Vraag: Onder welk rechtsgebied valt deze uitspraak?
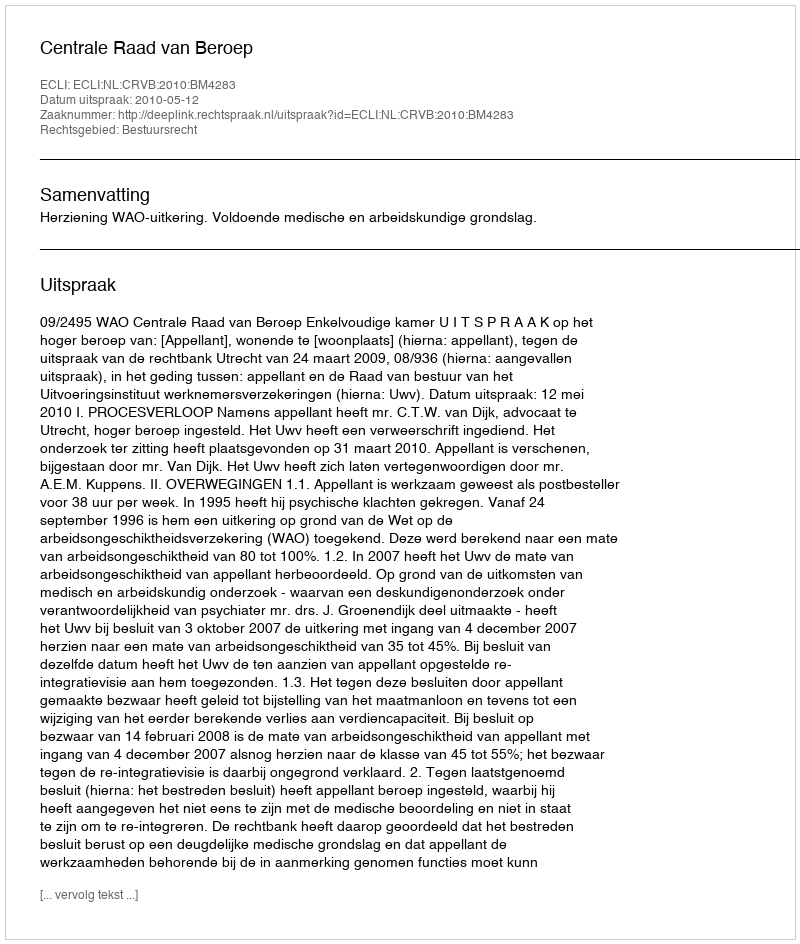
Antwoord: Bestuursrecht